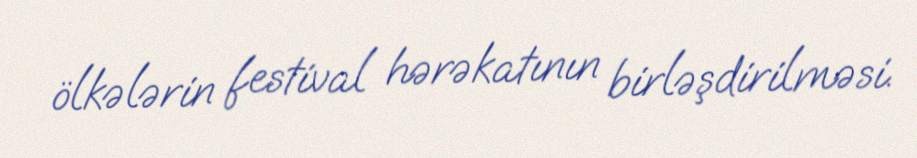
ölkələrin festival hərəkatının birləşdirilməsi.